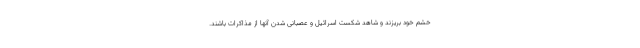
خشم خود بریزند و شاهد شکست اسرائیل و عصبانی شدن آنها از مذاکرات باشند.